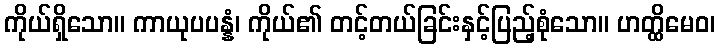
ကိုယ်ရှိသော။ ကာယုပပန္နံ၊ ကိုယ်၏ တင့်တယ်ခြင်းနှင့်ပြည့်စုံသော။ ဟတ္ထိမေဝ၊